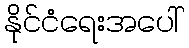
နိုင်ငံရေးအပေါ်